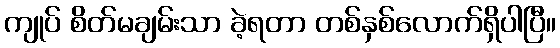
ကျုပ် စိတ်မချမ်းသာ ခဲ့ရတာ တစ်နှစ်လောက်ရှိပါပြီ။